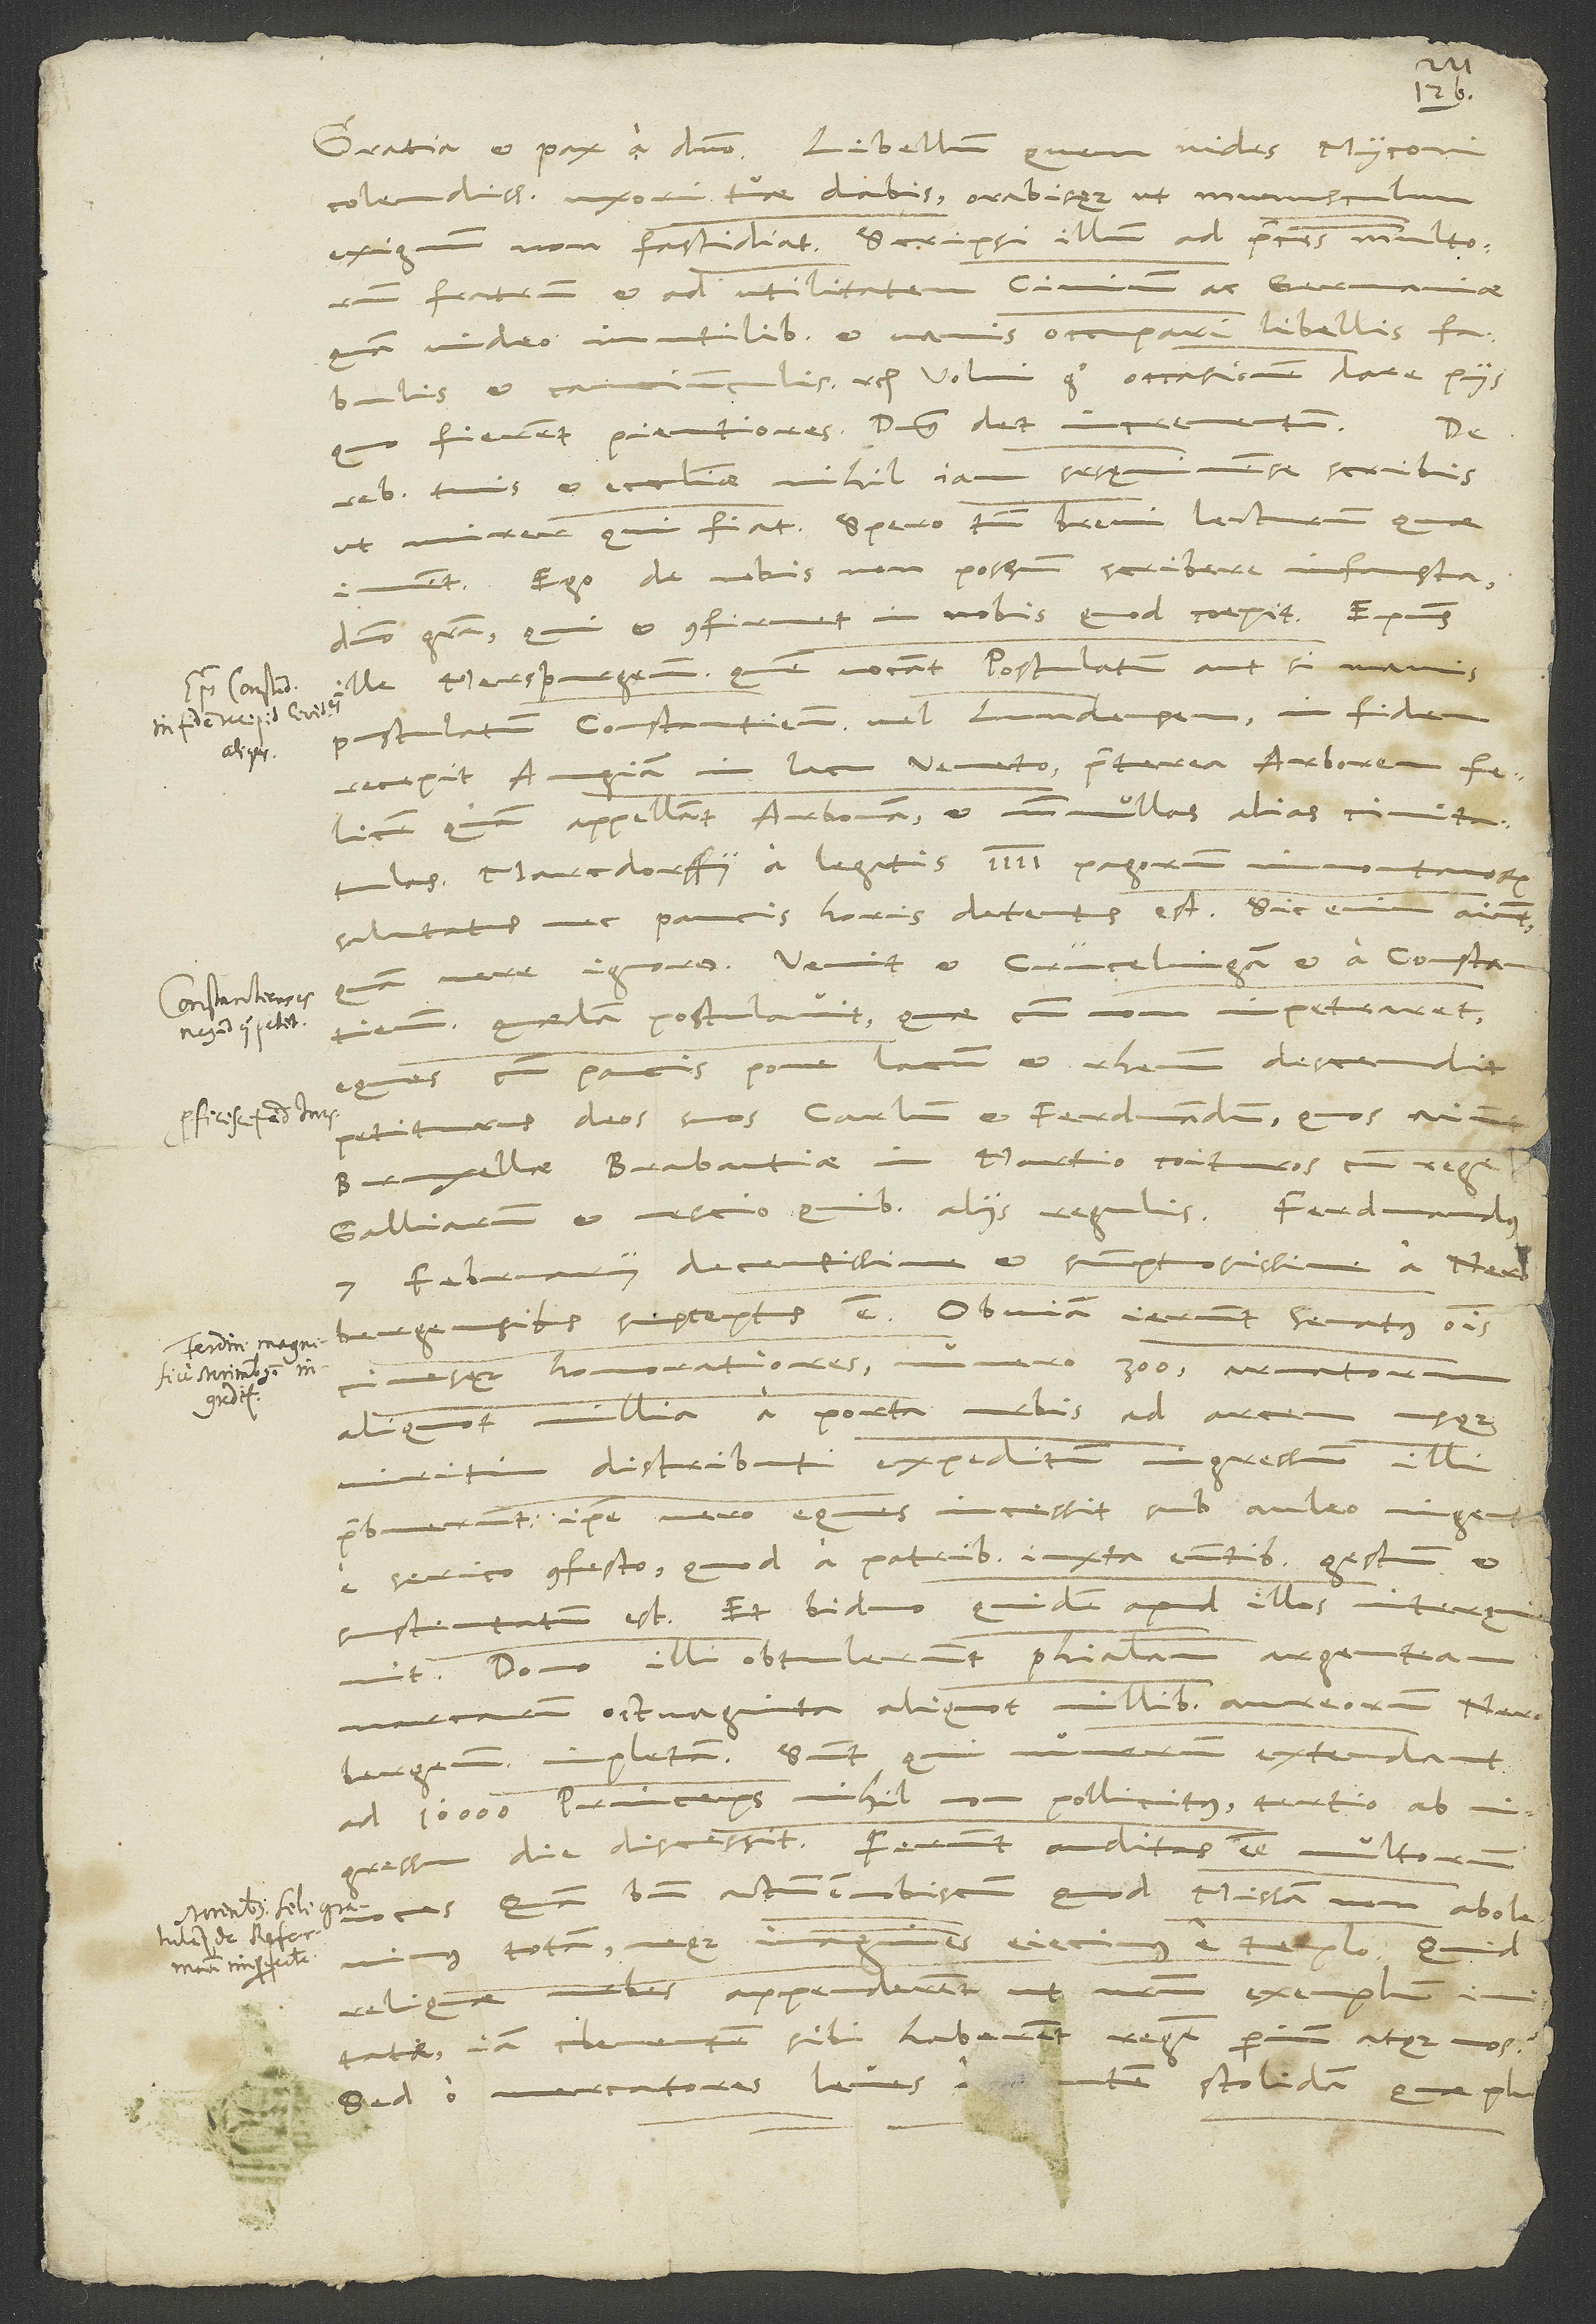
Tu

28.
colendissime, uxori tuae dabis orabisque, ut munusculum
exiguum non fastidiat. Scripsi illum ad preces multorum
fratrum et ad utilitatem civium ac Germaniae,
quam video inutilibus et vanis occupari libellis, fabulis
et canciunculis etc. Volui ergo occasionem dare piis,
quo fierent pientiores. Dominus det incrementum.
De
rebus tuis et ecclesiae nihil iam sesquimense scribis,
ut mirer, qui fiat. Spero tamen brevi lecturum, quae
iuvent. Ego de nobis non possum scribere infausta,
domino gratia, qui et confirmet in nobis, quod coepit.
ille Merspurgensis, quem vocant „postulatum“ aut, si mavis,
„pustulatum Constantiensem“ vel Lundensem, in fidem
recepit Augiam in lacu Veneto, praeterea Arborem felicem,
quam appellant Arboniam, et nonnullas alias civitatulas.
Marcdorffii a legatis 4 pagorum immontanorum
salutatus nec paucis horis detentus est. Sic enim aiunt;
vere, ignoro. Venit et Crücelingam et a Constantiensibus
quaedam postulavit, quae cum non impetraret,
eques cum paucis pone lacum et Rhenum descendit
petiturus deos suos Carlum et Ferdinandum, quos aiunt
Bruxellae Brabantiae in martio coituros cum rege
februarii decentissime et sumptuosissime a
7.
Nerobergensibus susceptus est. Obviam ierunt senatus omnis
civesque honoratiores, numero 300; armatorum
aliquot millia a porta urbis ad arcem usque
viritim distributi expeditum ingressum illi
praebuerunt. Ipse vero eques incessit sub auleo ingente
e serico confecto, quod a patribus iuxta euntibus gestum et
sustentatum est. Et biduo quidem apud illos interquievit.
Dono illi obtulerunt phialam argenteam
marcarum octuaginta, aliquot millibus aureorum Nerobergensium
impletam. Sunt, qui numerum extendant
ad 10000. Princeps nihil non pollicitus tertio ab
ingressu die discessit. Ferunt auditas esse multorum
voces: „Quam bene actum est nobiscum, quod missam non abolevimus
totam neque imagines eiecimus e templo. Quid
reliquae urbes appenderent, ut nostrum exemplum
iam clementem sibi haberent regem perinde atque nos?“
Sed o mercatores leves, o entem stolidam, quae pluris